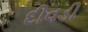
દીવડી